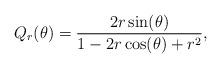
LaTeX: \begin{align*}Q_r(\theta) = \frac{2r\sin(\theta)}{1-2r\cos(\theta) + r^2},\end{align*}